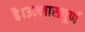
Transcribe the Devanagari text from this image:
है।उल्लासपूर्ण